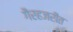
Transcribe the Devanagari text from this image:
गैरहजरीत